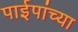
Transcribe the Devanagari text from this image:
पाईपांच्या